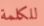
للكلمة